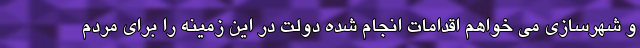
و شهرسازی می خواهم اقدامات انجام شده دولت در این زمینه را برای مردم